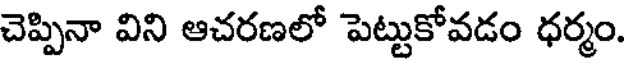
చెప్పినా విని ఆచరణలో పెట్టుకోవడం ధర్మం.